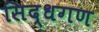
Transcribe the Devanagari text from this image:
सिद्धगण